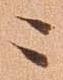
に